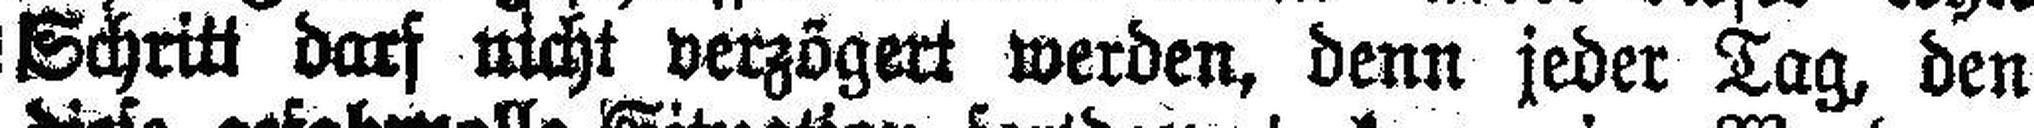
Schritt darf nicht verzögert werden, denn jeder Tag, den